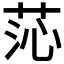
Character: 𦯹